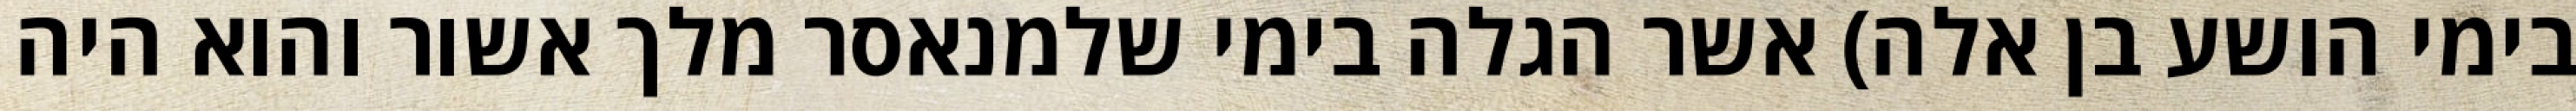
בימי הושע בן אלה) אשר הגלה בימי שלמנאסר מלך אשור והוא היה